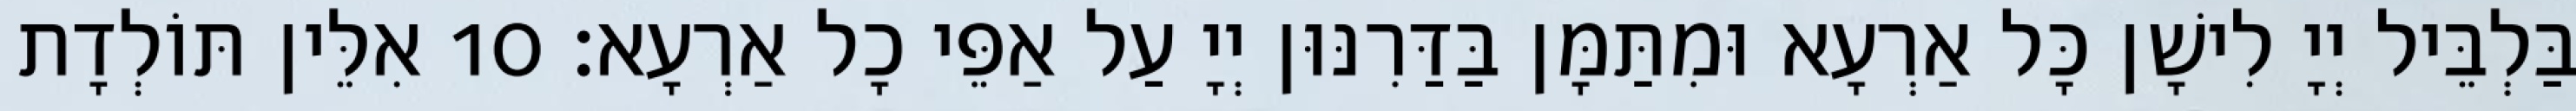
בַּלְבֵּיל יְיָ לִישָׁן כָּל אַרְעָא וּמִתַּמָּן בַּדַּרִנּוּן יְיָ עַל אַפֵּי כָל אַרְעָא׃ 10 אִלֵּין תּוֹלְדָת